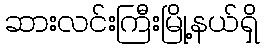
ဆားလင်းကြီးမြို့နယ်ရှိ